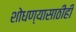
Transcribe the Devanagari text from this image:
शोधण्यासाठीही